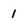
Character: 1